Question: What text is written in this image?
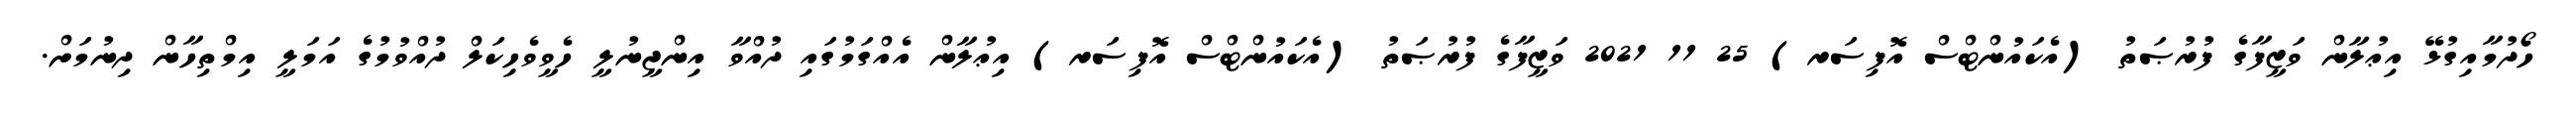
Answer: ހޯދުމާއިގުޅޭ އިޢުލާން ވަޒީފާގެ ފުރުޞަތު (އެކައުންޓްސް އޮފިސަރ) 25 11 2021 ވަޒީފާގެ ފުރުޞަތު (އެކައުންޓްސް އޮފިސަރ) އިޢުލާން އެއްގަމުގައި ދުއްވާ އިންޖީނުލީ ހެވީވެހިކަލް ދުއްވުމުގެ އަމަލީ އިމްތިހާން ދިނުމަށް.